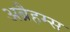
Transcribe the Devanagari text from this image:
अब्रैहम्स